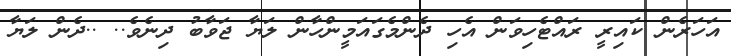
އަހަރެން ކައިރީ ރައްޓެހިވަން އެހި ދެންމެގައަމީންހާން ލަޔާ ޖަވާބު ދިނެވެ.. ..ދެން ލަޔާ